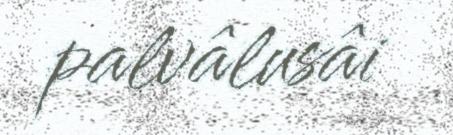
palvâlusâi